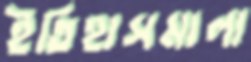
ইতিহাসমালা